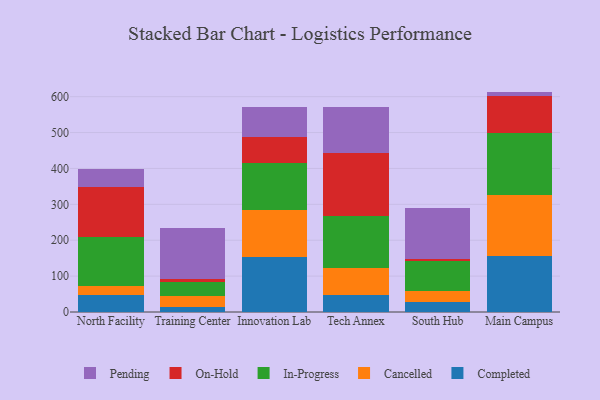
{"axis": {"x": "Campus", "y": "Page Views"}, "legend": ["Cancelled", "Completed", "In-Progress", "On-Hold", "Pending"], "data": [{"x": "North Facility", "y": 47.2, "type": "Completed"}, {"x": "North Facility", "y": 26.2, "type": "Cancelled"}, {"x": "North Facility", "y": 136.5, "type": "In-Progress"}, {"x": "North Facility", "y": 139.1, "type": "On-Hold"}, {"x": "North Facility", "y": 49.7, "type": "Pending"}, {"x": "Training Center", "y": 13.7, "type": "Completed"}, {"x": "Training Center", "y": 31.7, "type": "Cancelled"}, {"x": "Training Center", "y": 37.0, "type": "In-Progress"}, {"x": "Training Center", "y": 10.4, "type": "On-Hold"}, {"x": "Training Center", "y": 141.7, "type": "Pending"}, {"x": "Innovation Lab", "y": 152.1, "type": "Completed"}, {"x": "Innovation Lab", "y": 133.2, "type": "Cancelled"}, {"x": "Innovation Lab", "y": 129.2, "type": "In-Progress"}, {"x": "Innovation Lab", "y": 73.4, "type": "On-Hold"}, {"x": "Innovation Lab", "y": 84.2, "type": "Pending"}, {"x": "Tech Annex", "y": 46.7, "type": "Completed"}, {"x": "Tech Annex", "y": 75.7, "type": "Cancelled"}, {"x": "Tech Annex", "y": 144.3, "type": "In-Progress"}, {"x": "Tech Annex", "y": 175.0, "type": "On-Hold"}, {"x": "Tech Annex", "y": 130.4, "type": "Pending"}, {"x": "South Hub", "y": 28.9, "type": "Completed"}, {"x": "South Hub", "y": 31.0, "type": "Cancelled"}, {"x": "South Hub", "y": 82.0, "type": "In-Progress"}, {"x": "South Hub", "y": 6.5, "type": "On-Hold"}, {"x": "South Hub", "y": 142.4, "type": "Pending"}, {"x": "Main Campus", "y": 156.0, "type": "Completed"}, {"x": "Main Campus", "y": 170.6, "type": "Cancelled"}, {"x": "Main Campus", "y": 171.8, "type": "In-Progress"}, {"x": "Main Campus", "y": 103.2, "type": "On-Hold"}, {"x": "Main Campus", "y": 12.5, "type": "Pending"}]}